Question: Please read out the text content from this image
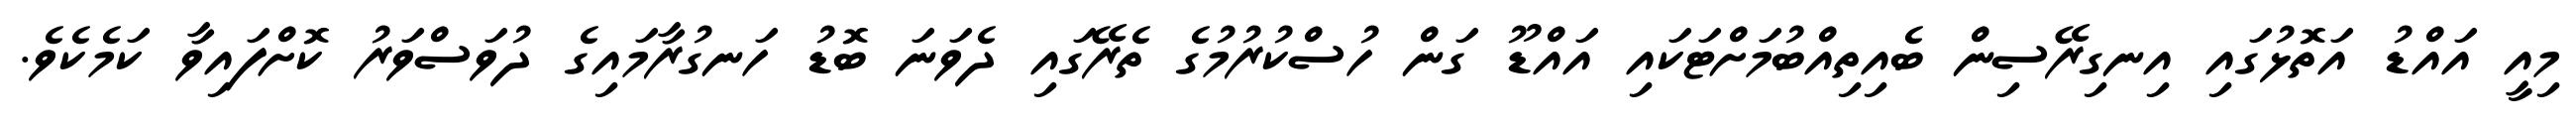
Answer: މިއީ އައްޑު އަތޮޅުގައި އިނގިރޭސިން ބެއިތިއްބުމަށްޓަކައި އައްޑޫ ގަން ހުސްކުރުމުގެ ތެރޭގައި ދެވަނަ ބޮޑު ހަނގުރާމައިގެ ދުވަސްވަރު ކޮށްފައިވާ ކަމެކެވެ.